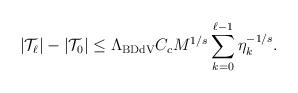
LaTeX: \begin{align*} |\mathcal{T}_\ell|-|\mathcal{T}_0|\le \Lambda_{\mathrm{BDdV}} C_c M^{1/s}\sum_{k=0}^{\ell-1}\eta_k^{-1/s}. \end{align*}